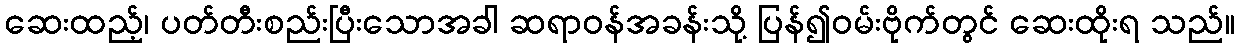
ဆေးထည့်၊ ပတ်တီးစည်းပြီးသောအခါ ဆရာဝန်အခန်းသို့ ပြန်၍ဝမ်းဗိုက်တွင် ဆေးထိုးရ သည်။